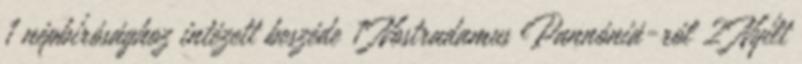
1 népbírósághoz intézett beszéde 1 Nostradamus Pannóniá-ról 2 Nyílt